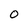
Character: O